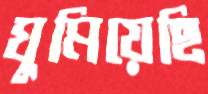
ঘুমিয়েছি